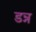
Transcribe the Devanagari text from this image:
डन्न